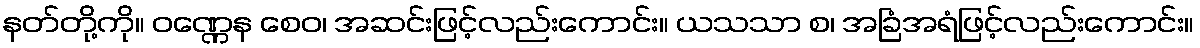
နတ်တို့ကို။ ဝဏ္ဏေန စေဝ၊ အဆင်းဖြင့်လည်းကောင်း။ ယသသာ စ၊ အခြံအရံဖြင့်လည်းကောင်း။